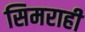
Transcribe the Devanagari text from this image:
सिमराही